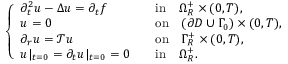
\begin{array} { r } { \left\{ \begin{array} { l l l } { \partial _ { t } ^ { 2 } u - \Delta u = \partial _ { t } f } & & { \mathrm { i n } \quad \Omega _ { R } ^ { + } \times ( 0 , T ) , } \\ { u = 0 \quad } & & { \mathrm { o n } \quad ( \partial D \cup \Gamma _ { 0 } ) \times ( 0 , T ) , } \\ { \partial _ { r } u = \mathscr { T } u \quad } & & { \mathrm { o n } \quad \Gamma _ { R } ^ { + } \times ( 0 , T ) , } \\ { u | _ { t = 0 } = \partial _ { t } u | _ { t = 0 } = 0 } & & { \mathrm { i n } \quad \Omega _ { R } ^ { + } . } \end{array} \right. } \end{array}